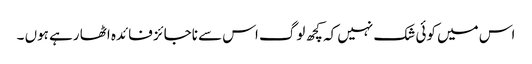
اس میں کوئی شک نہیں کہ کچھ لوگ اس سے ناجائز فائدہ اٹھا رہے ہوں ۔